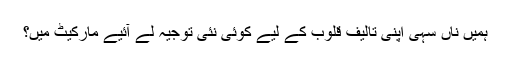
ہمیں ناں سہی اپنی تالیف قلوب کے لیے کوئی نئی توجیہ لے آئیے مارکیٹ میں؟